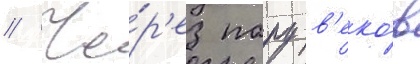
// Че́р'ез пару в'еко́в